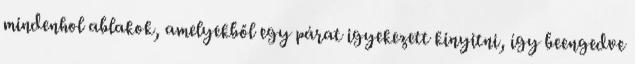
mindenhol ablakok, amelyekből egy párat igyekezett kinyitni, így beengedve